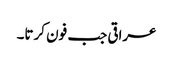
عراقی جب فون کرتا۔